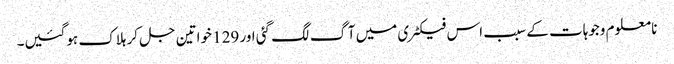
نا معلوم وجوہات کے سبب اس فیکٹری میں آگ لگ گئی اور 129 خواتین جل کر ہلاک ہوگئیں۔